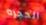
الحجره